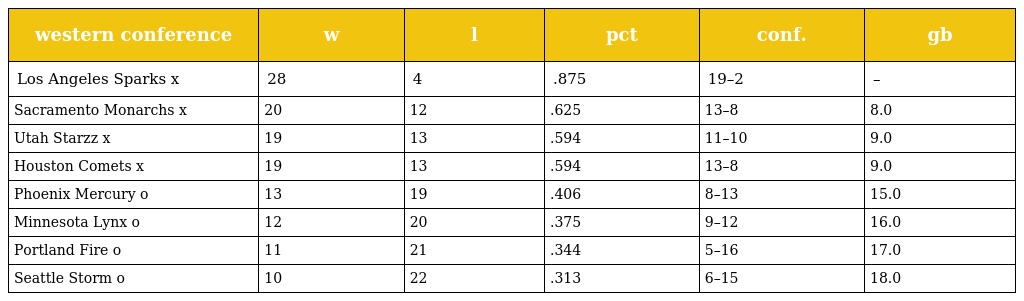
| western conference | w | l | pct | conf. | gb |
 | --- | --- | --- | --- | --- | --- |
 | Los Angeles Sparks x | 28 | 4 | .875 | 19–2 | – |
 | Sacramento Monarchs x | 20 | 12 | .625 | 13–8 | 8.0 |
 | Utah Starzz x | 19 | 13 | .594 | 11–10 | 9.0 |
 | Houston Comets x | 19 | 13 | .594 | 13–8 | 9.0 |
 | Phoenix Mercury o | 13 | 19 | .406 | 8–13 | 15.0 |
 | Minnesota Lynx o | 12 | 20 | .375 | 9–12 | 16.0 |
 | Portland Fire o | 11 | 21 | .344 | 5–16 | 17.0 |
 | Seattle Storm o | 10 | 22 | .313 | 6–15 | 18.0 |